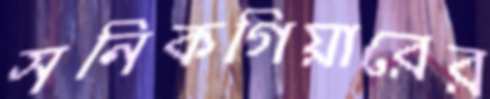
সনিকগিয়ারের